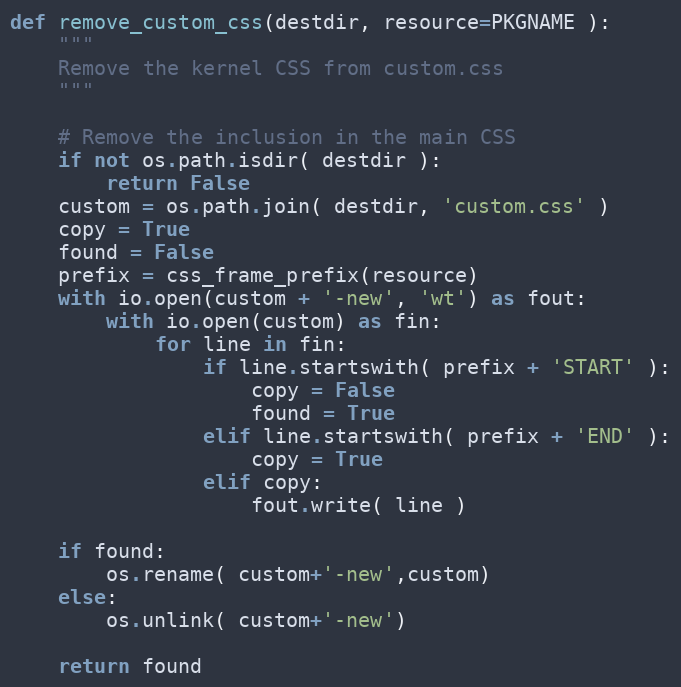
Language: Python
def remove_custom_css(destdir, resource=PKGNAME ):
    """
    Remove the kernel CSS from custom.css
    """

    # Remove the inclusion in the main CSS
    if not os.path.isdir( destdir ):
        return False
    custom = os.path.join( destdir, 'custom.css' )
    copy = True
    found = False
    prefix = css_frame_prefix(resource)
    with io.open(custom + '-new', 'wt') as fout:
        with io.open(custom) as fin:
            for line in fin:
                if line.startswith( prefix + 'START' ):
                    copy = False
                    found = True
                elif line.startswith( prefix + 'END' ):
                    copy = True
                elif copy:
                    fout.write( line )

    if found:
        os.rename( custom+'-new',custom)
    else:
        os.unlink( custom+'-new')

    return found